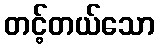
တင့်တယ်သော